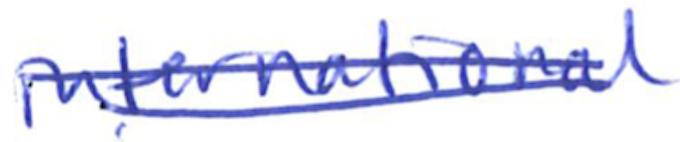
Text: international
Cross-out: double-line
Writing tool: ballpoint